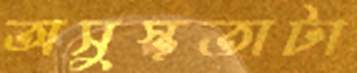
অসুস্থতাটা